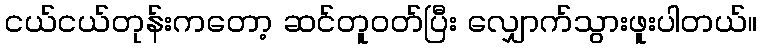
ငယ်ငယ်တုန်းကတော့ ဆင်တူဝတ်ပြီး လျှောက်သွားဖူးပါတယ်။